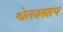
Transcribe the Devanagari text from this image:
श्वेतवस्त्राय